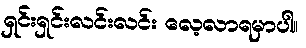
ရှင်းရှင်းလင်းလင်း လေ့လာရမှာပါ။